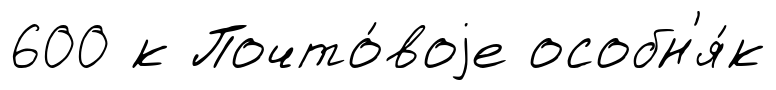
600 к Почто́воjе особн'я́к